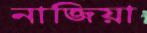
নাজিয়া